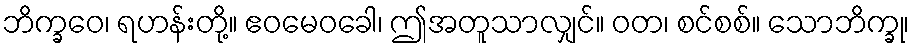
ဘိက္ခဝေ၊ ရဟန်းတို့။ ဧဝမေဝခေါ၊ ဤအတူသာလျှင်။ ဝတ၊ စင်စစ်။ သောဘိက္ခု၊